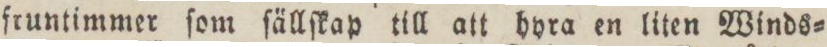
fruntimmer ſom ſällſkap till att hyra en liten Winds=